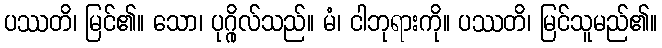
ပဿတိ၊ မြင်၏။ သော၊ ပုဂ္ဂိုလ်သည်။ မံ၊ ငါဘုရားကို။ ပဿတိ၊ မြင်သူမည်၏။